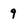
Character: 9